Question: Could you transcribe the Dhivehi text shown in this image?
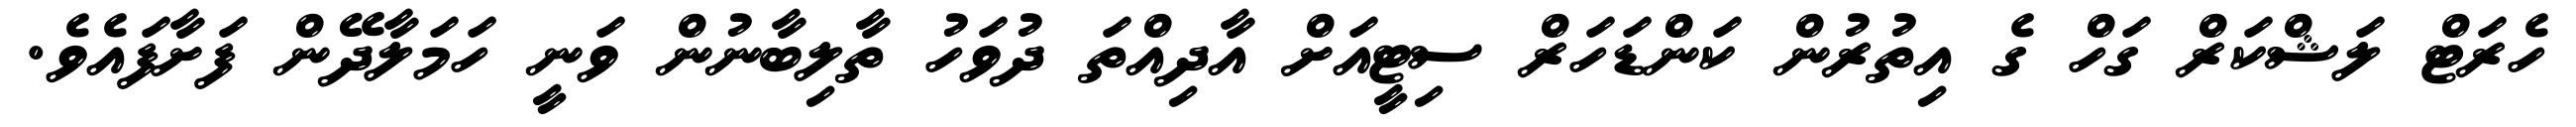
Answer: ހެރަޓް ލަޝްކަރް ގަހް ގެ އިތުރުން ކަންޑަހަރް ސިޓީއަށް އާދިއްތަ ދުވަހު ތާލިބާނުން ވަނީ ހަމަލާދޭން ފަށާފައެވެ.